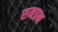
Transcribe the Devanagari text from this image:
समप्रभ